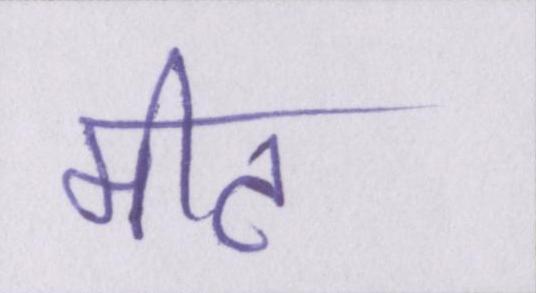
मीट